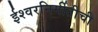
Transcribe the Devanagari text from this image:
ईश्वरनिर्मीतीची